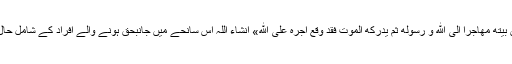
۴: قرآن کریم کا یہ نورانی کلام «و من یخرج من بیته مهاجرا الی الله و رسوله ثم یدرکه الموت فقد وقع اجره علی الله» انشاء اللہ اس سانحے میں جانبحق ہونے والے افراد کے شامل حال واقع ہوگا یہ پسماندگان کے لیے بڑی تسلی ہے۔